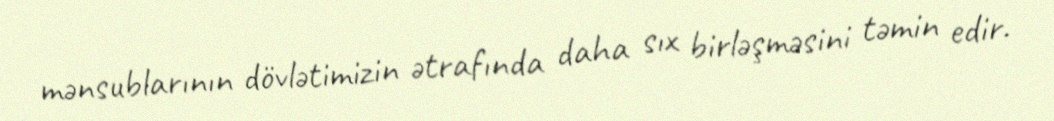
mənsublarının dövlətimizin ətrafında daha sıx birləşməsini təmin edir.